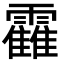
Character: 靃